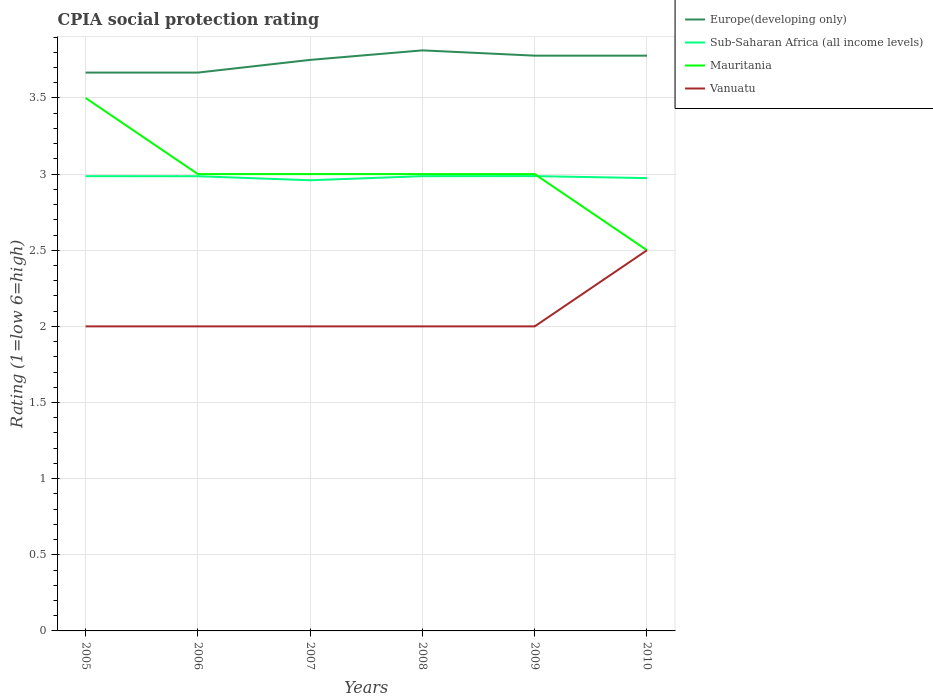
| Years | Europe(developing only) | Sub-Saharan Africa (all income levels) | Mauritania | Vanuatu |
 | --- | --- | --- | --- | --- |
 | 2005 | 3.67 | 2.99 | 3.5 | 2 |
 | 2006 | 3.67 | 2.99 | 3 | 2 |
 | 2007 | 3.75 | 2.96 | 3 | 2 |
 | 2008 | 3.81 | 2.99 | 3 | 2 |
 | 2009 | 3.78 | 2.99 | 3 | 2 |
 | 2010 | 3.78 | 2.97 | 2.5 | 2.5 |